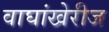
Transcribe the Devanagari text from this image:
वाघांखेरीज